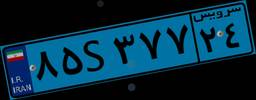
۸۵S۳۷۷۲۴